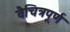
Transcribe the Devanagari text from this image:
वैचित्रपूर्ण